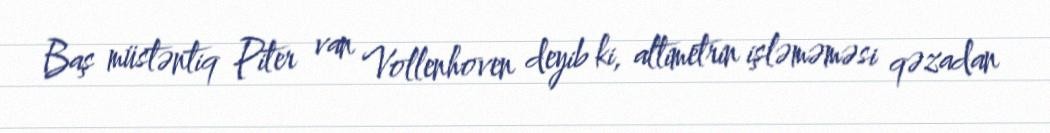
Baş müstəntiq Piter van Vollenhoven deyib ki, altimetrin işləməməsi qəzadan